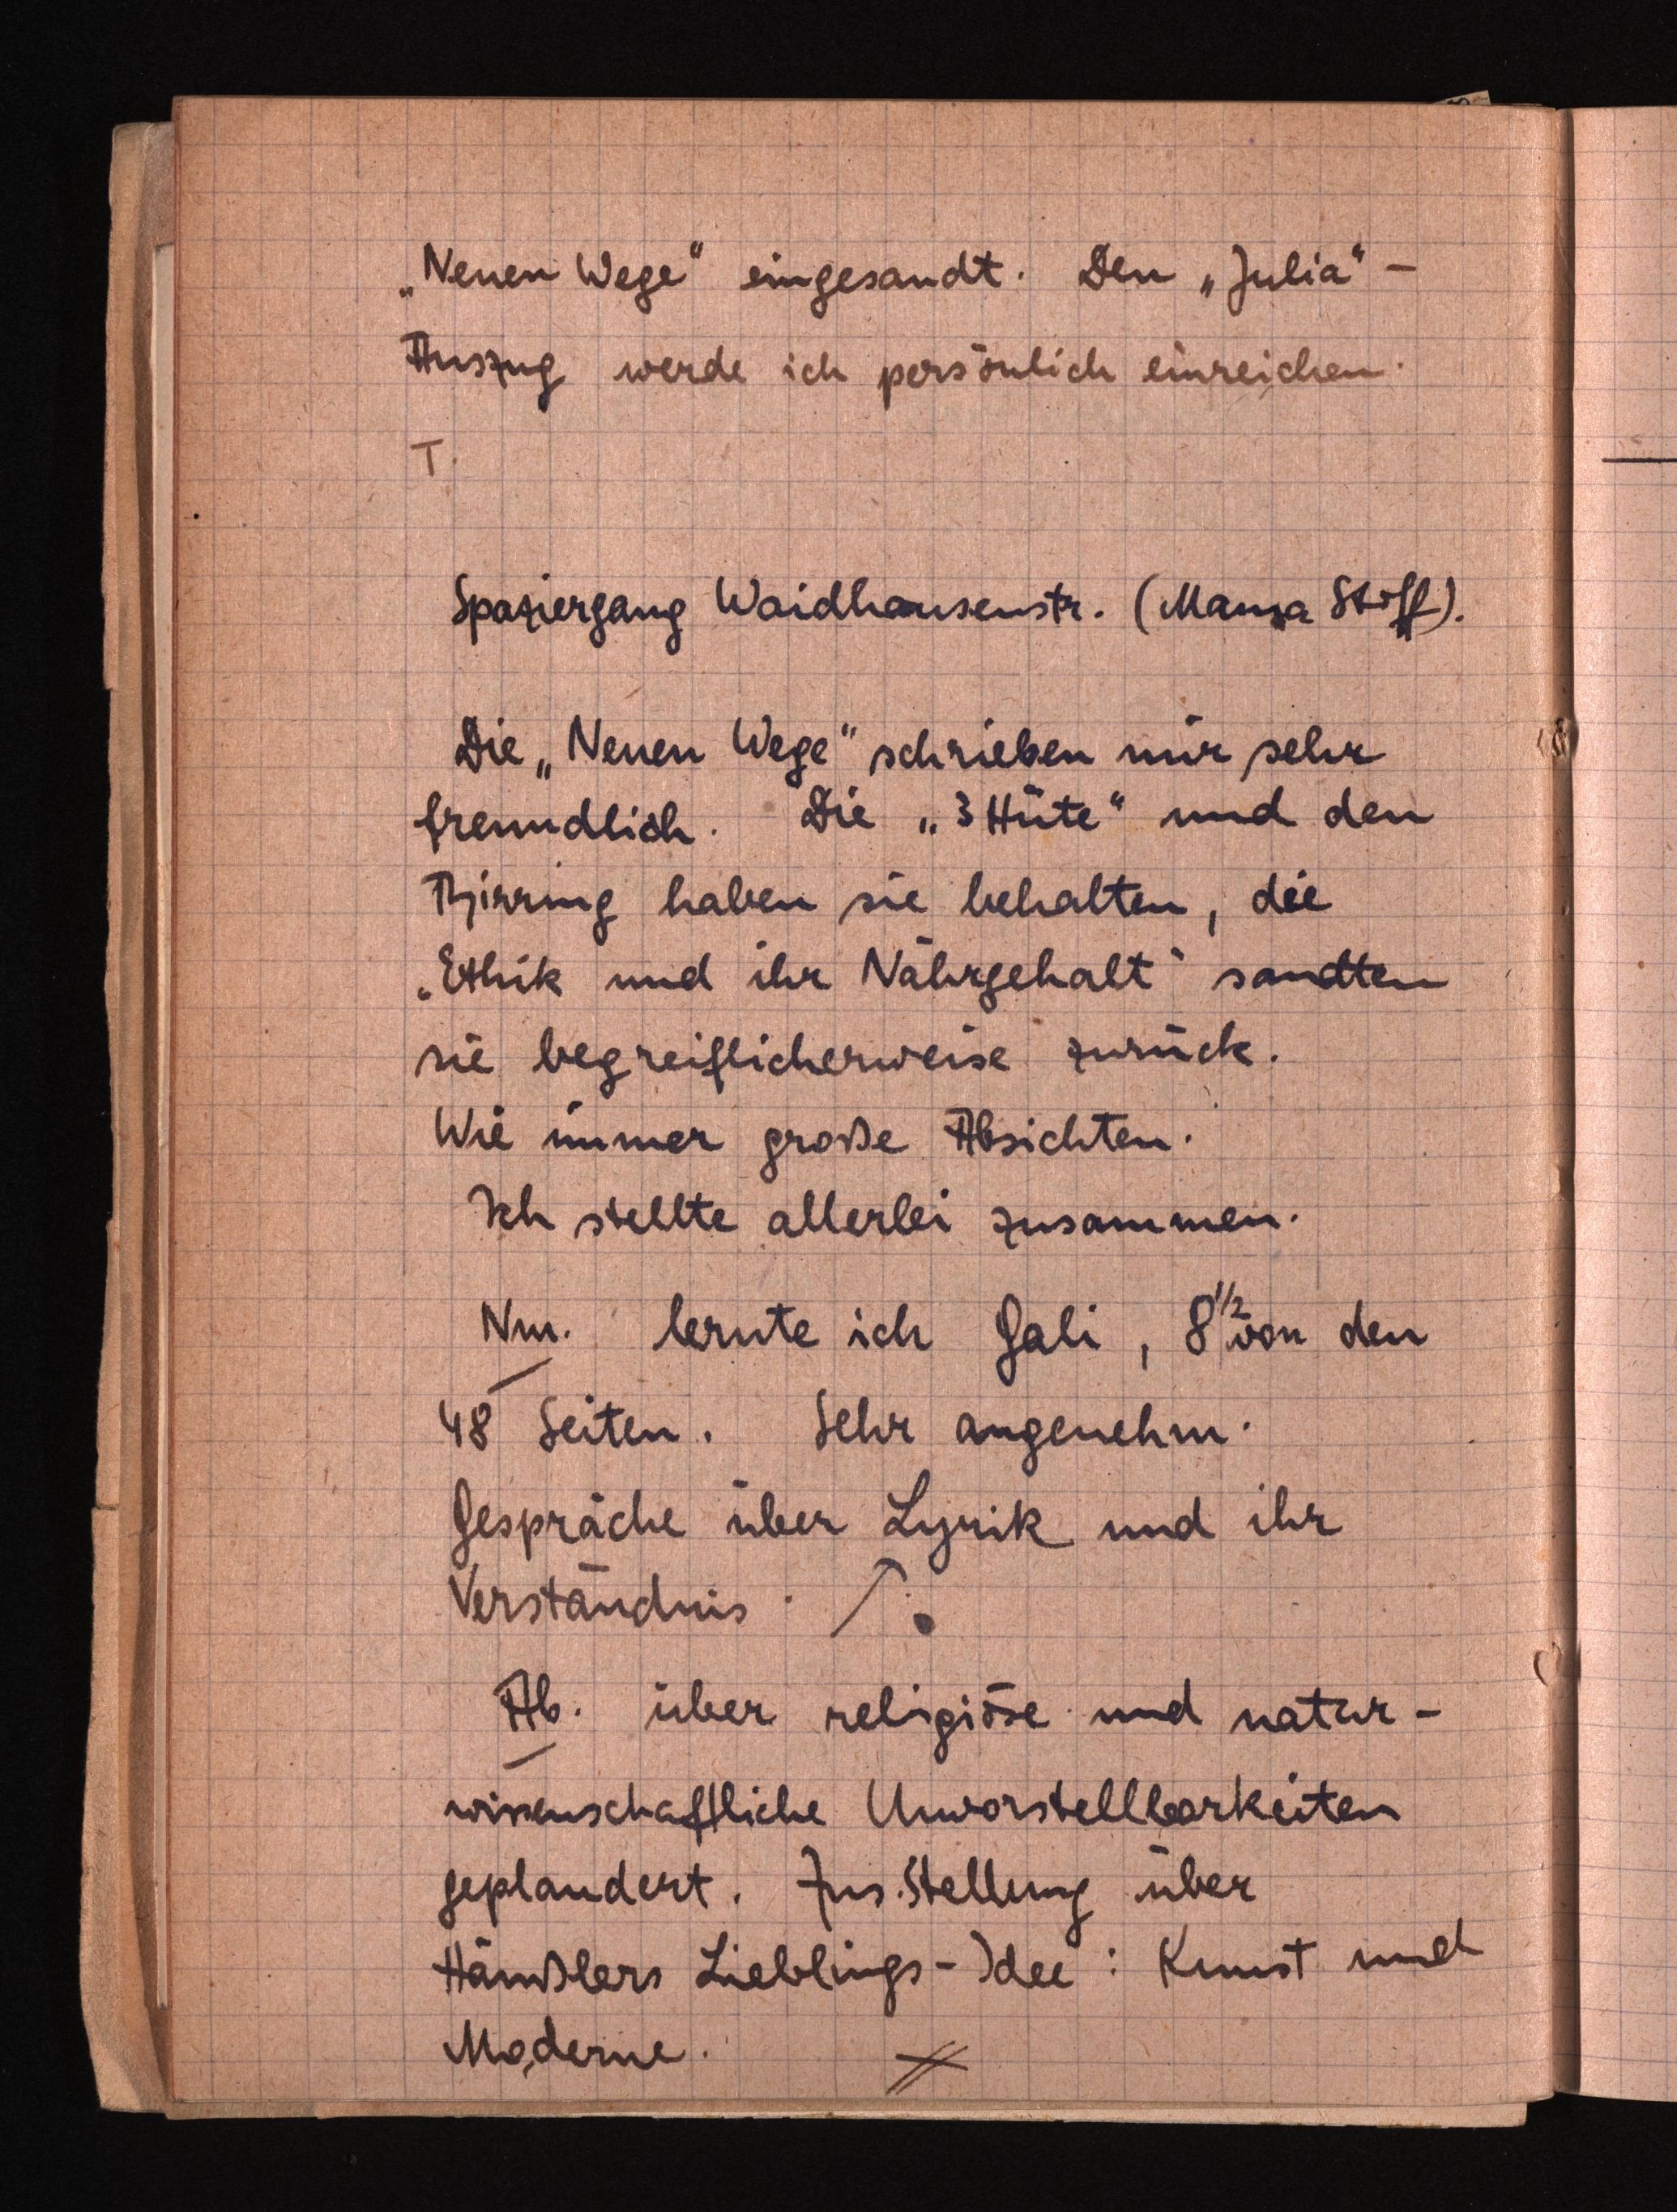
"Neuen Wege" eingesandt. Den"Julia"-
Auszug werde ich persönlich einreichen.
T.
Spaziergang Waidhausenstr. (Mama Stoff).
Die "Neuen Wege" schrieben mir sehr
freundlich. Die "3 Hüte" und den
Thirring haben sie behalten, die
"Ethik und ihr Nährgehalt" sandten
sie begreiflicherweise zurück.
Wie immer große Absichten.
Ich stellte allerlei zusammen.
Nm. lernte ich Gali, 81/2von den
48 Seiten. Sehr angenehm.
Gespräche über Lyrik und ihr
Verständnis. ↗.
Ab. über religiöse und natur¬
wissenschaftliche Unvorstellbarkeiten
geplaudert. Zus.stellung über
Häußlers Lieblings-Idee: Kunst und
Moderne.